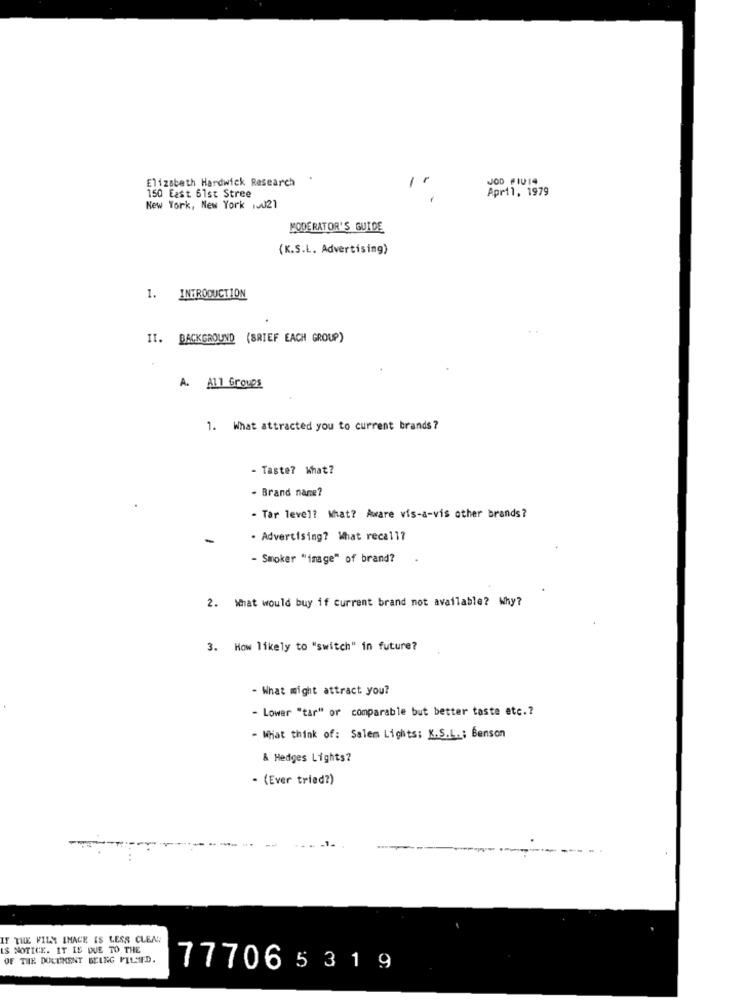
Elizabeth Hardwick Research
JOD #1014
April, 1979
150 East 61st Stree
New York, New York 1.021
MODERATOR'S GUIDE
(K.S.L. Advertising)
1. INTRODUCTION
II. BACKGROUND (BRIEF EACH GROUP)
A. All Groups
1. What attracted you to current brands ?
- Taste? What?
- Brand name?
- Tar level? What? Aware vis-a-vis other brands?
-
· Advertising? What recall?
- Smoker "image" of brand?
2. What would buy if current brand not available? Why?
3. How likely to "switch" in future?
- What might attract you?
- Lower "tar" or comparable but better taste etc .?
- What think of: Salem Lights: K.S.L .; Benson
& Hedges Lights?
- (Ever tried?)
IF THE FILM IMAGE IS LESS CLEAN
IS NOTICE. IT IS DUE TO THE
OF THE DOCUMENT BEING PILSED.
777065 319